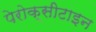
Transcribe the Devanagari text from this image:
पेरोक्सीटाइन